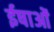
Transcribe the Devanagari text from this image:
ईषाओं